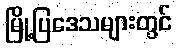
မြို့ပြဒေသများတွင်